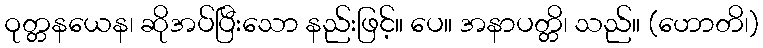
ဝုတ္တနယေန၊ ဆိုအပ်ပြီးသော နည်းဖြင့်။ ပေ။ အနာပတ္တိ၊ သည်။ (ဟောတိ၊)